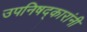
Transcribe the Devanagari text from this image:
उपनिषद्‌कारांनी